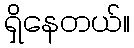
ရှိနေတယ်။